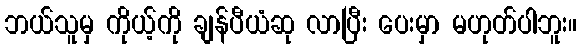
ဘယ်သူမှ ကိုယ့်ကို ချန်ပီယံဆု လာပြီး ပေးမှာ မဟုတ်ပါဘူး။